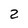
Character: 2